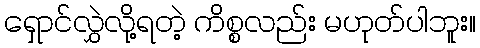
ရှောင်လွှဲလို့ရတဲ့ ကိစ္စလည်း မဟုတ်ပါဘူး။